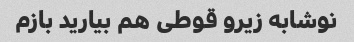
نوشابه زیرو قوطی هم بیارید بازم